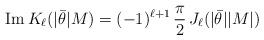
LaTeX: \begin{align*}{\rm Im}\, K_{\ell} (|\bar{\theta}|M) = (-1)^{\ell+1}\,{\pi\over 2}\,J_{\ell} (|\bar{\theta}||M|)\end{align*}